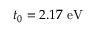
t _ { 0 } = 2 . 1 7 \ \mathrm { e V }